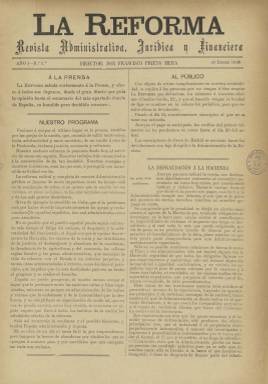
Título: La Reforma (Madrid. 1898. Romero impresor)
Colección: Derecho
Ámbito geográfico: Madrid
Lugar de publicación: Madrid
Fechas: 10/01/1898-20/06/1898

“Revista administrativa, jurídica y financiera” es el subtítulo de esta publicación que funda y dirige el abogado Francisco Prieto Mera, de la que sólo podrá editar diecisiete números durante el primer semestre de 1898. Prieto se había trasladado a Madrid después de haber sido suspendido alcalde de Málaga durante el bienio 1894-1895 y haber fundado la primera Sociedad Propagandística del Clima y la reforma, como punto de partida del fomento del turismo malagueño.

En plena crisis colonial española, en el programa de esta revista se hace un alegato contra el caciquismo, “el desplante y la arbitrariedad del funcionario, el dogal con que le oprime fuertemente la Hacienda, el desbarajuste y abandono de la enseñanza, la decadencia de la agricultura y el comercio, las odiosas reglas fiscales y las penas administrativas, que asemejan la vida de relación con el Estado a un infierno perpetuo, y tantas otras arbitrariedades o errores”, por lo que aboga por una reforma radical y completa de la Administración Pública y el fomento de la economía.

Serán tratados asuntos de la Hacienda Pública, Presupuestos del Estado, Registros de la Propiedad, del Notariado y la Abogacía, y ofrecerá información jurídica del orden civil o penal y legislación; información financiera, cotizaciones de la Bolsa de Madrid, seguros, ferrocarriles, minería, industria, comercio, constitución de empresas o subastas. También incluye algún artículo sobre la guerra de Filipinas, de política, enseñanza, bellas artes, bibliografía o asuntos municipales. Tiene una sección de Provincias y otra que denomina Lectura selecta.

Además de Prieto Mera, los artículos de esta publicación van firmados por los asimismo abogados malagueños Francisco Granado Ruiz y Francisco Galvey, siendo usado también el seudónimo Un Lugareño.

Con aparición decenal, su primera entrega corresponde al diez de enero y la última al 20 de junio de 1898. Son de 12 páginas, compuestas a dos columnas, y las dos últimas son dedicadas a inserciones de publicidad comercial. Su director se verá impedido de continuar su publicación debido a sus ocupaciones profesionales, y de sus suscripciones se hará cargo la nueva revista Vida nueva (1898-1900) que funda Eusebio Blasco (1844-1903). Prieto Mera, vinculado al bufete de Rafael Gasset y a la Sociedad Editora de España, fallecería en 1916 siendo senador por el partido liberal.